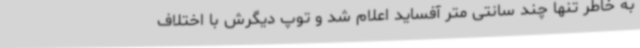
به خاطر تنها چند سانتی متر آفساید اعلام شد و توپ دیگرش با اختلاف